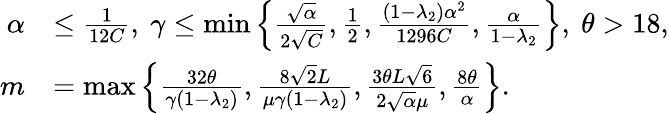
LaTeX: \begin{array}{rl}{\alpha}&{\leq\frac{1}{12C},\ \gamma\leq\operatorname*{min}\left\{ \frac{\sqrt{\alpha}}{2\sqrt{C}},\frac{1}{2},\frac{(1-\lambda_{2})\alpha^{2}}{1296C},\frac{\alpha}{1-\lambda_{2}}\right\} ,\ \theta>18,}\\ {m}&{=\operatorname*{max}\left\{ \frac{32\theta}{\gamma(1-\lambda_{2})},\frac{8\sqrt{2}L}{\mu\gamma(1-\lambda_{2})},\frac{3\theta L\sqrt{6}}{2\sqrt{\alpha}\mu},\frac{8\theta}{\alpha}\right\} .}\end{array}